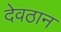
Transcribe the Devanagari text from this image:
देवठान